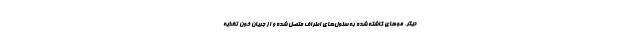
دیگر، موهای کاشته شده به سلول‌های اطراف متصل شده و از جریان خون تغذیه